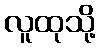
လူထုသို့